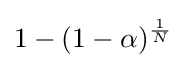
1-(1-\alpha )^{\frac {1}{N}}